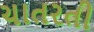
ચાતરતી